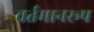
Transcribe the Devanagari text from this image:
वर्तमानरूप